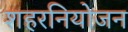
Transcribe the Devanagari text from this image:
शहरनियोजन